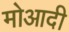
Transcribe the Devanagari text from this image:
मोआदी